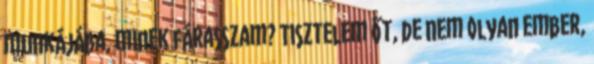
munkájába, minek fárasszam? Tisztelem őt, de nem olyan ember,